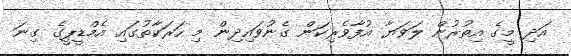
އަދި މީގެ އިތުރުން ލަވަޔާ އުފާވެރިކަން ގެނުވައިދިން މި ހަރަކާތުގައި އެމްޑީޕީގެ ގިނަ